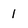
Character: 1